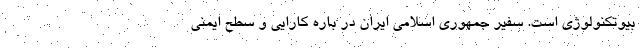
بیوتکنولوژی است. سفیر جمهوری اسلامی ایران در باره کارایی و سطح ایمنی